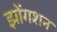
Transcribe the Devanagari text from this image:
झोंगशन